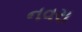
નવરા